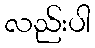
လည်းပါ